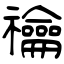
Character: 禴